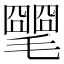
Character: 𣰡